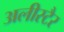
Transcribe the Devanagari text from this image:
अलीस्टैर